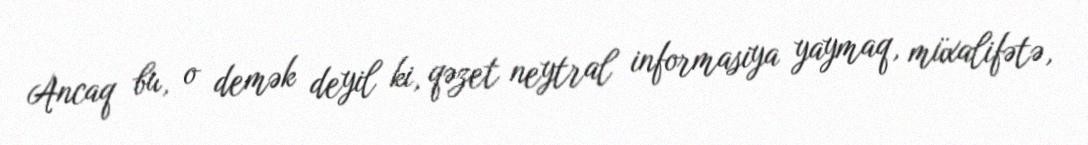
Ancaq bu, o demək deyil ki, qəzet neytral informasiya yaymaq, müxalifətə,